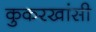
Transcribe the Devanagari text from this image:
कुकरखांसी